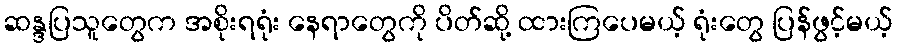
ဆန္ဒပြသူတွေက အစိုးရရုံး နေရာတွေကို ပိတ်ဆို့ ထားကြပေမယ့် ရုံးတွေ ပြန်ဖွင့်မယ့်